Reports on military cantonments and civil stations in the Presidency of Bombay inspected by the Sanitary Commissioner in the years 1875 and 1876
Year: 1875
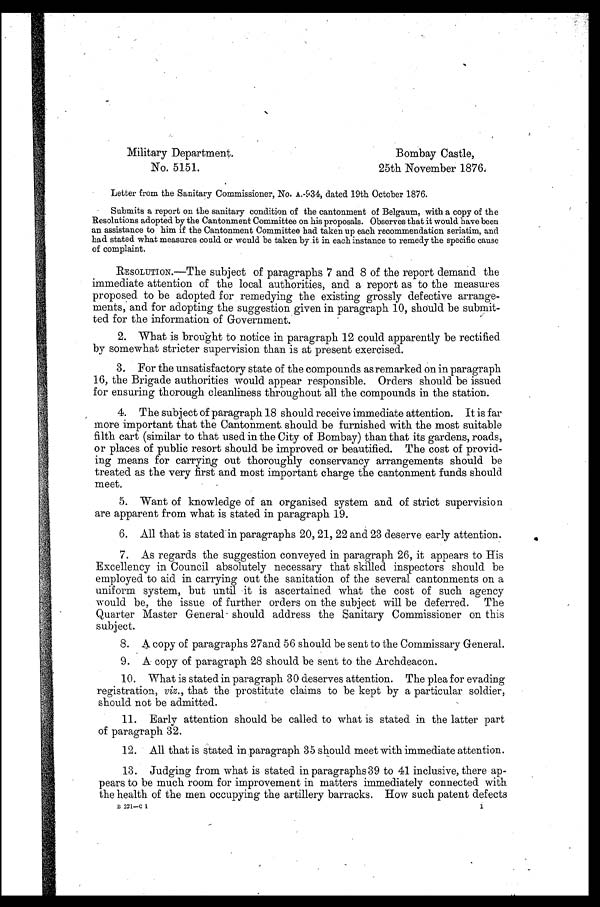
Military Department.
Bombay Castle,
No. 5151.
25th November 1876.
Letter from the Sanitary Commissioner, No. A.-934, dated 19th October 1876.
Submits a report on the sanitary condition of the cantonment of Belgaum, with a copy of the
Resolutions adopted by the Cantonment Committee on his proposals. Observes that it would have been
an assistance to him if the Cantonment Committee had taken up each recommendation seriatim, and
had stated what measures could or would be taken by it in each instance to remedy the specific cause
of complaint.
RESOLUTION.—The subject of paragraphs 7 and 8 of the report demand the
immediate attention of the local authorities, and a report as to the measures
proposed to be adopted for remedying the existing grossly defective arrange-
ments, and for adopting the suggestion given in paragraph 10, should be submit-
-ted for the information of Government.
2. What is brought to notice in paragraph 12 could apparently be rectified
by somewhat stricter supervision than is at present exercised.
3. For the unsatisfactory state of the compounds as remarked on in paragraph
16, the Brigade authorities would appear responsible. Orders should be issued
for ensuring thorough cleanliness throughout all the compounds in the station.
4. The subject of paragraph 18 should receive immediate attention. It is far
more important that the Cantonment should be furnished with the most suitable
filth cart (similar to that used in the City of Bombay) than that its gardens, roads,
or places of public resort should be improved or beautified. The cost of provid-
ing means for carrying out thoroughly conservancy arrangements should be
treated as the very first and most important charge the cantonment funds should
meet.
5. Want of knowledge of an organised system and of strict supervision
are apparent from what is stated in paragraph 19.
6. All that is stated:in paragraphs 20, 21, 22 and 23 deserve early attention.
7. As regards the suggestion conveyed in paragraph 26, it appears to His
Excellency in Council absolutely necessary that skilled inspectors should be
employed to aid in carrying out the sanitation of the several cantonments on a
uniform system, but until it is ascertained what the cost of such agency
would be, the issue of further orders on the subject will be deferred. The
Quarter Master General should address the Sanitary Commissioner on this
subject.
8. A copy of paragraphs 27and 56 should be sent to the Commissary General.
9. A copy of paragraph 28 should be sent to the Archdeacon.
10. What is stated in paragraph 30 deserves attention. The plea for evading
registration, viz., that the prostitute claims to be kept by a particular soldier,
should not be admitted.
11. Early attention should be called to what is stated in the latter part
of paragraph 32.
12. All that is stated in paragraph 35 should meet with immediate attention.
13. Judging from what is stated in paragraphs 39 to 41 inclusive, there ap
- p e a r s t o b e m u c h r o o m f o r i m p r o v e m e n t i n m a t t e r s i m m e d i a t e l y c o n n e c t e d w i t h
the health of the men occupying the artillery barracks. How such patent defects
B 221—C 1
1